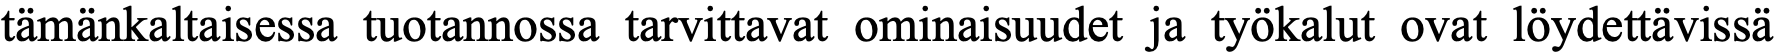
tämänkaltaisessa tuotannossa tarvittavat ominaisuudet ja työkalut ovat löydettävissä